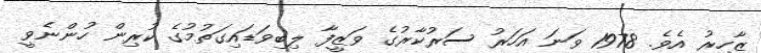
ޒާހިރު އެވެ. 1978 ވަނަ އަހަރު ސަރުކާރުގެ ވަޒީފާ ލިބިވަޑައިގަތުމުގެ ކުރިން ހުންނެވީ